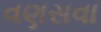
વણસવા